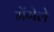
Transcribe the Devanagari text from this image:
मेंगेले